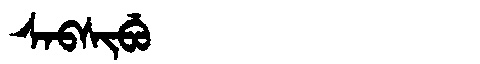
Manchu: ᠰᠠᠪᠰᡳᠪᡠ
Romanization: SABSIBU